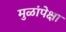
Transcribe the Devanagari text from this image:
मुळांपेक्षा